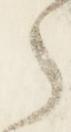
之